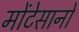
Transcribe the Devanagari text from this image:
मोंटेसानो